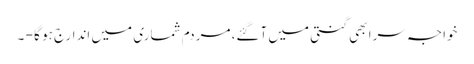
خواجہ سرا بھی گنتی میں آگئے، مردم شماری میں اندارج ہو گا - ۔